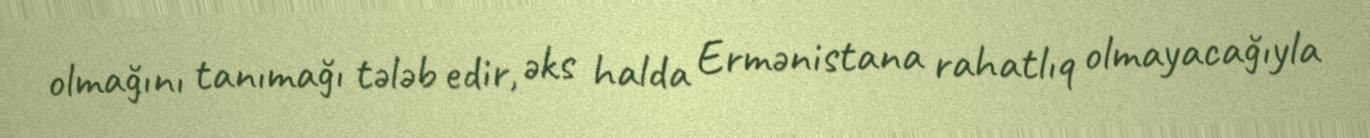
olmağını tanımağı tələb edir, əks halda Ermənistana rahatlıq olmayacağıyla